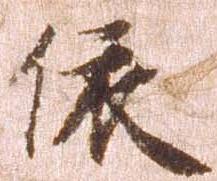
依